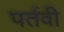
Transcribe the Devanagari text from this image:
पर्तवी